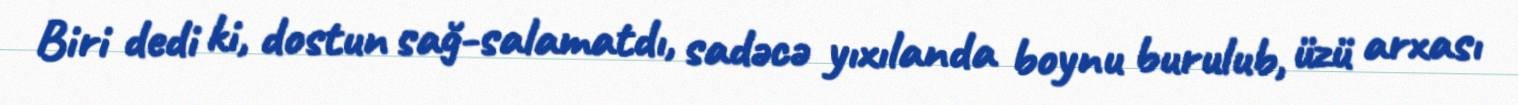
Biri dedi ki, dostun sağ-salamatdı, sadəcə yıxılanda boynu burulub, üzü arxası